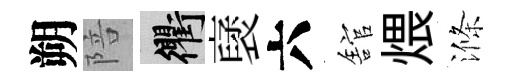
朔陪衢裦六舘煨滌